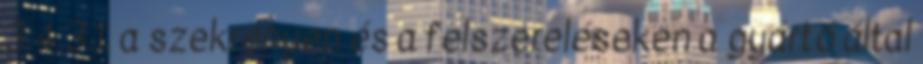
3.4.3.1. a szekrényen és a felszereléseken a gyártó által